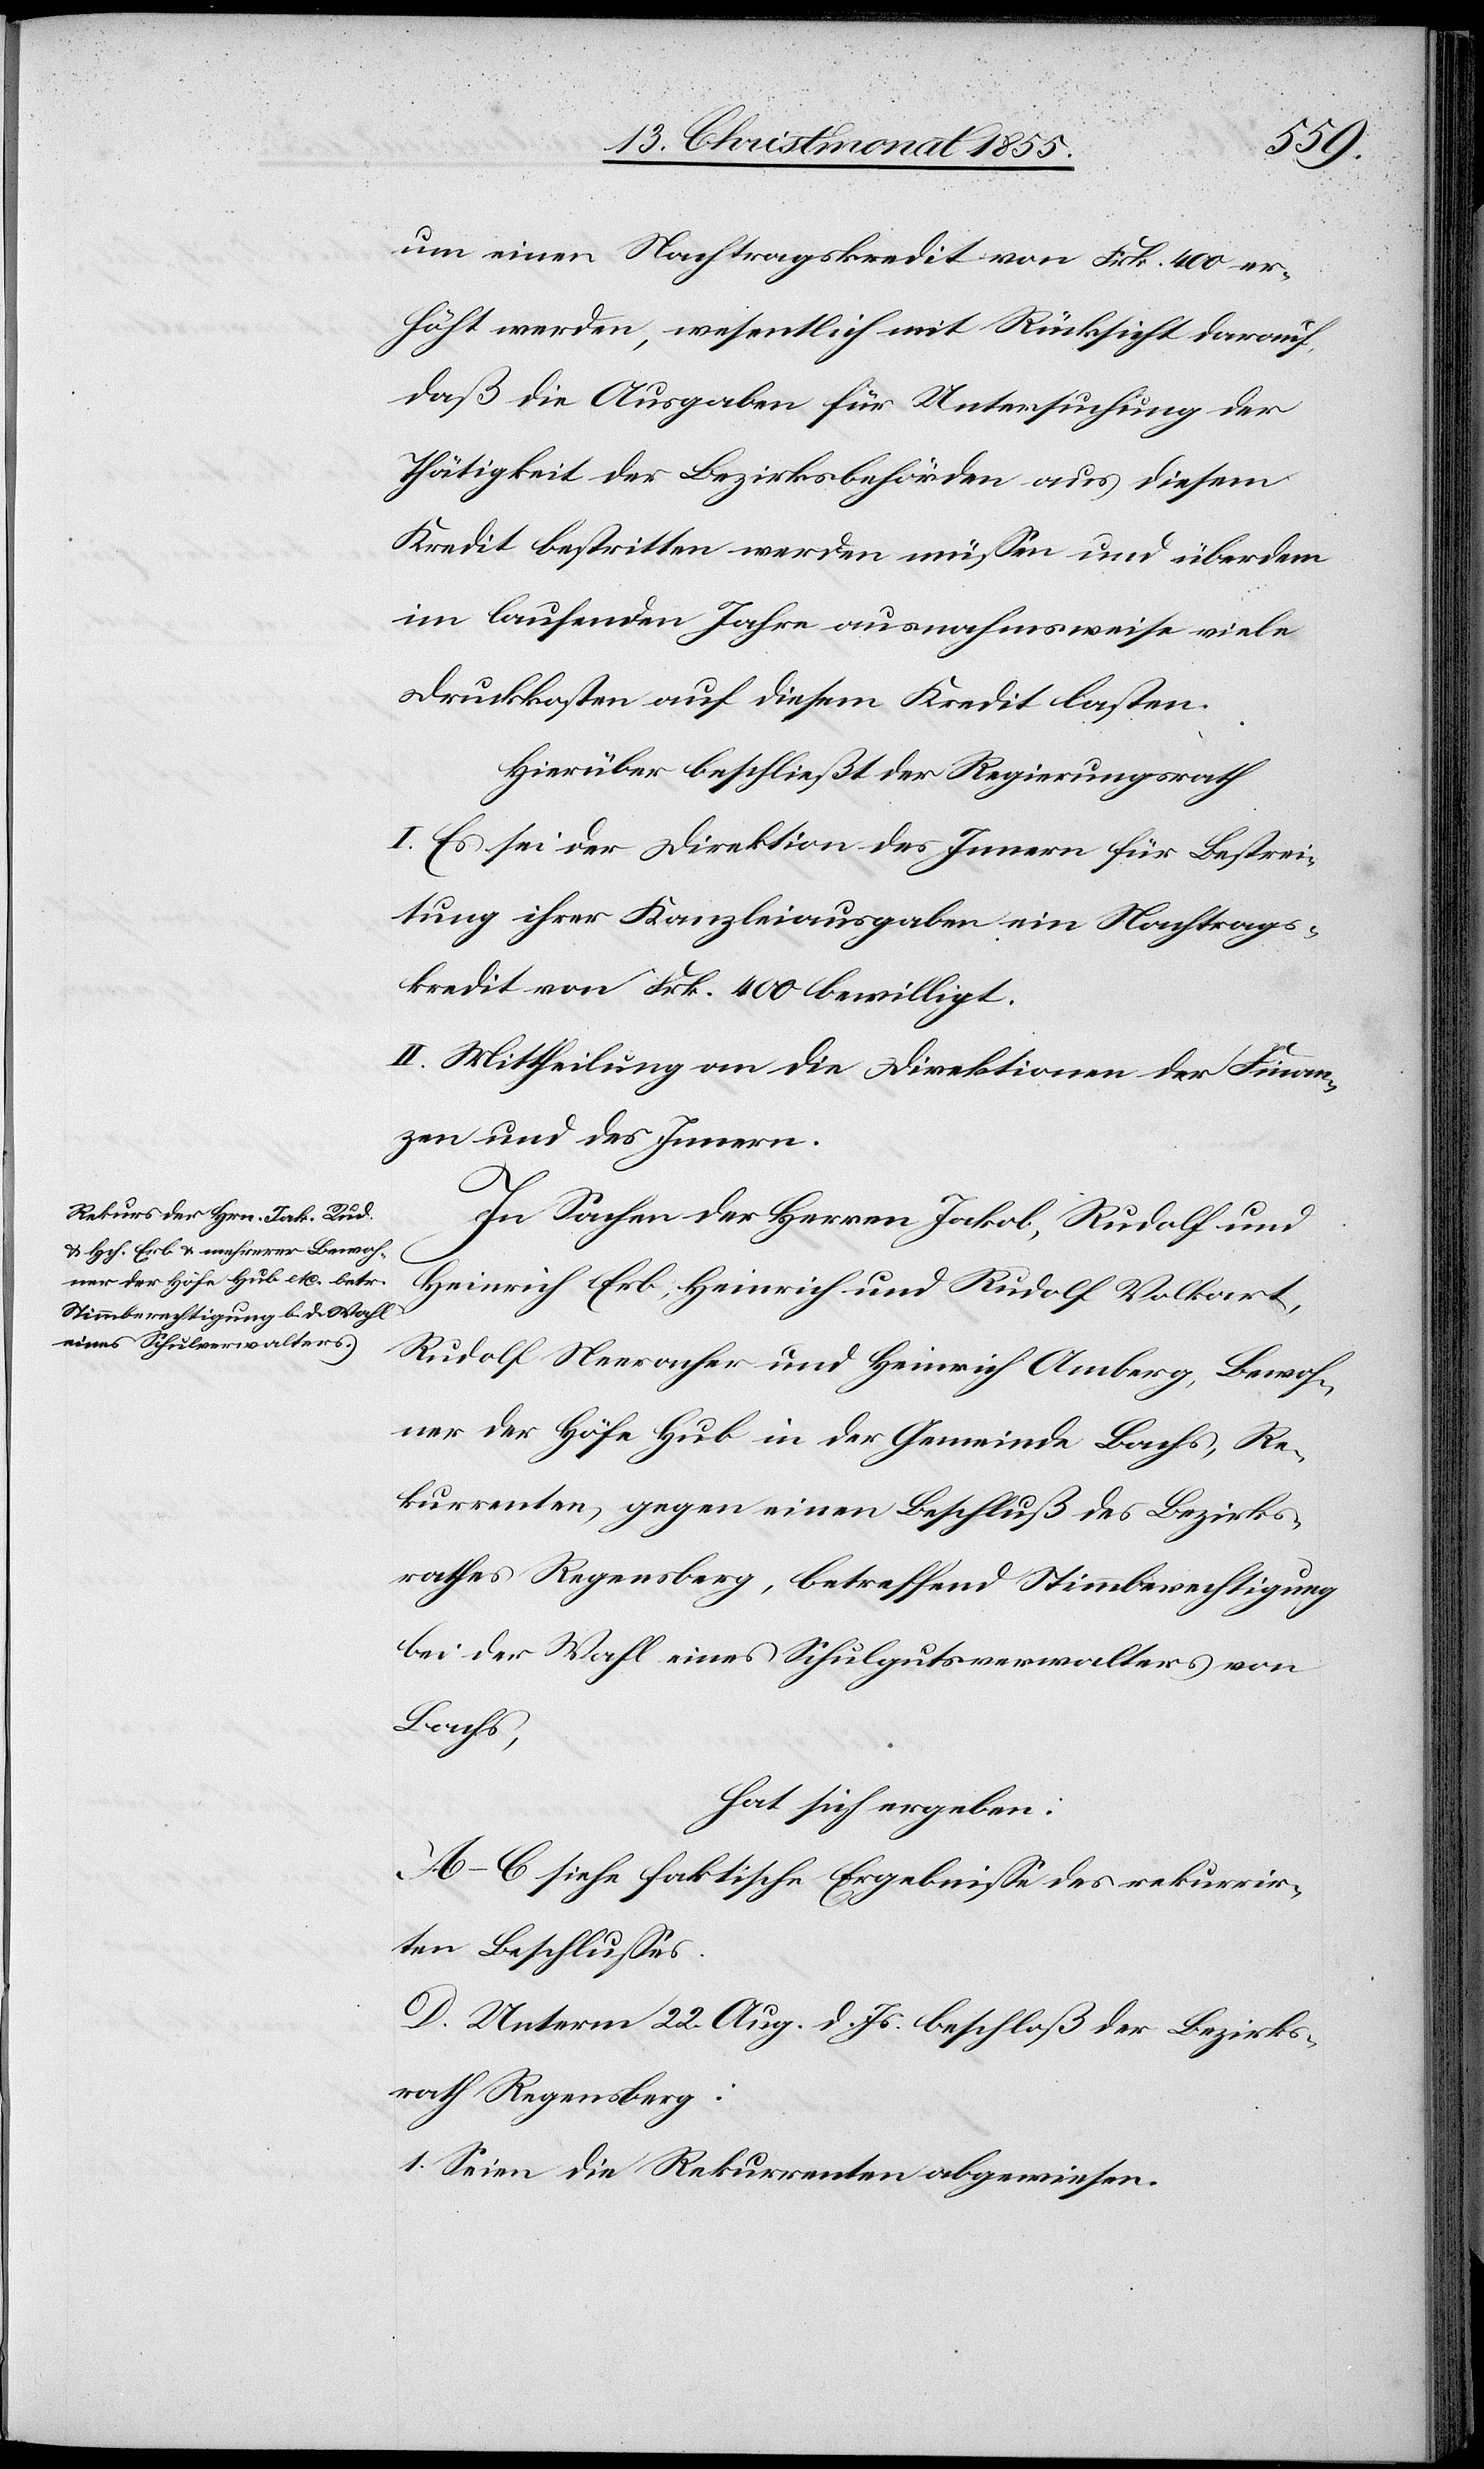
1.
um einen Nachtragskredit von Frk. 400 er¬
höht werden, wesentlich mit Rücksicht darauf,
daß die Ausgaben für Untersuchung der
Thätigkeit der Bezirksbehörden aus diesem
Kredit bestritten werden müssen und überdem
im laufenden Jahre ausnahmsweise viele
Druckkosten auf diesem Kredit lasten.
Hierüber beschließt der Regierungsrath
I. Es sei der Direktion des Innern für Bestrei¬
tung ihrer Kanzleiausgaben ein Nachtrags¬
kredit von Frk. 400 bewilligt.
II. Mittheilung an die Direktionen der Finan¬
zen und des Innern.
In Sachen der Herren Jakob, Rudolf und
Heinrich Erb, Heinrich und Rudolf Volkart,
Rudolf Neeracher und Heinrich Amberg, Bewoh¬
ner der Höfe Hub in der Gemeinde Bachs, Re¬
kurrenten gegen einen Beschluß des Bezirks¬
rathes Regensberg, betreffend Stimmberechtigung
bei der Wahl eines Schulgutsverwalters von
Bachs,
hat sich ergeben:
A–C siehe faktische Ergebnisse des rekurrir¬
ten Beschlusses.
D. Unterm 22. Aug. d. Js. beschloß der Bezirks¬
rath Regensberg:
Seien die Rekurrenten abgewiesen.